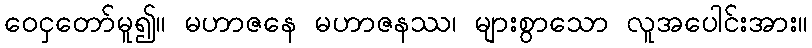
ဝေငှတော်မူ၍။ မဟာဇနေ မဟာဇနဿ၊ များစွာသော လူအပေါင်းအား။